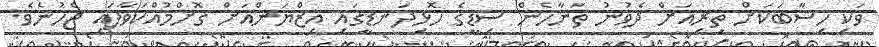
ވަކި ހިސާބަކަށް ތިރިއަށް ދެވުނު ތަނާހެން ސިޑީގެ ހޮޅިދަނޑީގައި އިޒްޔަންއަށް ގޮށްމުއްކަވާފައި ޖެހުނެވެ.